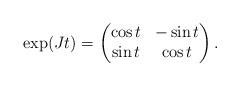
LaTeX: \begin{align*}\exp(J t) = \begin{pmatrix} \cos t & -\sin t\\ \sin t & \cos t\end{pmatrix}.\end{align*}